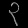
Digit: ၃